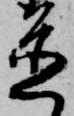
置